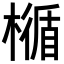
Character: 𣛝